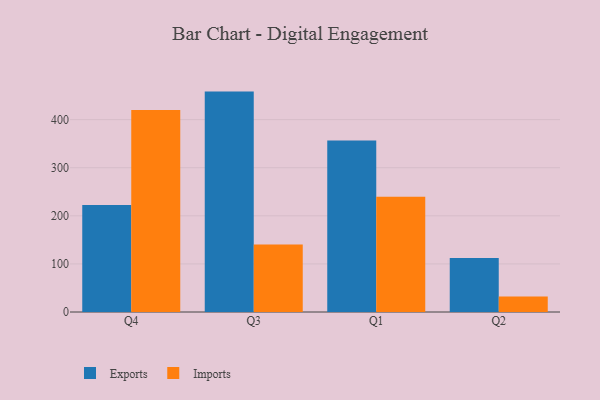
{"axis": {"x": "Quarter", "y": "Production Output"}, "legend": ["Exports", "Imports"], "data": [{"x": "Q4", "y": 222.4, "type": "Exports"}, {"x": "Q4", "y": 420.0, "type": "Imports"}, {"x": "Q3", "y": 458.3, "type": "Exports"}, {"x": "Q3", "y": 140.1, "type": "Imports"}, {"x": "Q1", "y": 356.5, "type": "Exports"}, {"x": "Q1", "y": 239.8, "type": "Imports"}, {"x": "Q2", "y": 112.5, "type": "Exports"}, {"x": "Q2", "y": 32.2, "type": "Imports"}]}